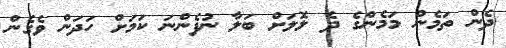
ދެން ތަމެން މަމެންގެ ދެ ލޮލަށް ބަލާ ނުފެންނަ ކަމަށް ހަދަން ވެގެން